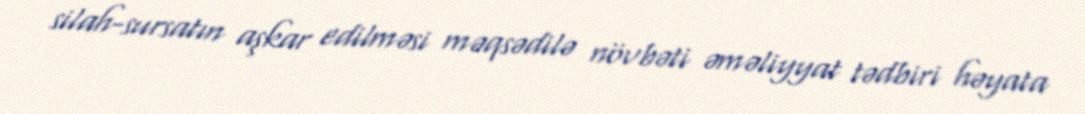
silah-sursatın aşkar edilməsi məqsədilə növbəti əməliyyat tədbiri həyata